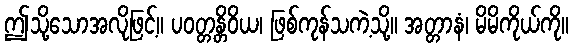
ဤသို့သောအလိုဖြင့်။ ပဝတ္တန္တိဝိယ၊ ဖြစ်ကုန်သကဲ့သို့။ အတ္တာနံ၊ မိမိကိုယ်ကို။